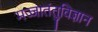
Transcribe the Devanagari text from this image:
मज्जातंतुविज्ञान